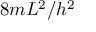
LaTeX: { 8 m } { L ^ { 2 } } / h ^ { 2 }